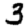
Digit: 3